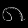
Digit: ၈